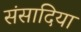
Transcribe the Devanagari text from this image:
संसादिया